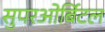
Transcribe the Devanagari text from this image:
सुपरओर्बिटल